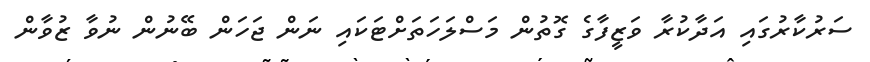
ސަރުކާރުގައި އަދާކުރާ ވަޒީފާގެ ގޮތުން މަސްލަހަތަށްޓަކައި ނަން ޖަހަން ބޭނުން ނުވާ ޒުވާން